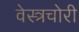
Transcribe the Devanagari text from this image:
वेस्त्रचोरी